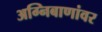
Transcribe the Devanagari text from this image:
अग्निबाणांवर